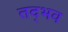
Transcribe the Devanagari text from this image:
तद्‍भव